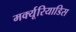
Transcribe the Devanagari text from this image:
मर्क्यूरियाडिस